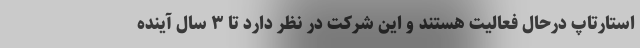
استارتاپ درحال فعالیت هستند و این شرکت در نظر دارد تا ۳ سال آینده